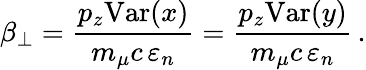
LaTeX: \beta_{\perp}=\frac{p_{z}\mathrm{Var}(x)}{m_{\mu}c\, \varepsilon_{n}}=\frac{p_{z}\mathrm{Var}(y)}{m_{\mu}c\, \varepsilon_{n}}\, .